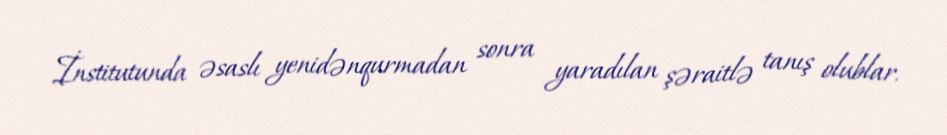
İnstitutunda əsaslı yenidənqurmadan sonra yaradılan şəraitlə tanış olublar.